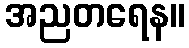
အညတရေန။